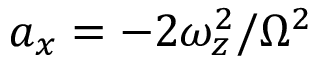
a _ { x } = - 2 \omega _ { z } ^ { 2 } / \Omega ^ { 2 }